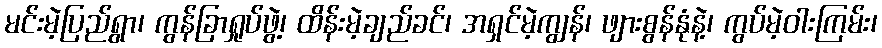
မင်းမဲ့ပြည်ရွာ၊ ကွန်ခြာရှုပ်ဖွဲ့၊ ထိန်းမဲ့ချည်ခင်၊ အရှင်မဲ့ကျွန်၊ ဖျားစွန်နုံနဲ့၊ ကွပ်မဲ့ဝါးကြမ်း၊